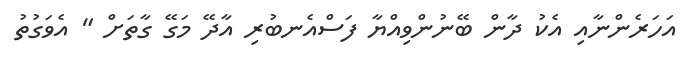
އަހަރެންނާއި އެކު ދާން ބޭނުންވިއްޔާ ފަސްއެނބުރި އާދޭ މަގޭ ގާތަށް " އެވަގުތު